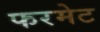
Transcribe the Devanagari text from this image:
फरमेट